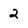
Character: 2